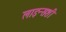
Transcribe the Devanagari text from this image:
लाइन्सशी